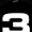
Digit: 3